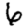
Digit: 6